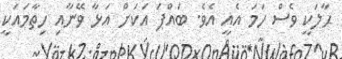
ޙާލަކީ ވެސް ހަމަ އެއީ އެވެ. ބައްޕަ އަކަށް އަޅާ ވޭނާއި ހިތާމައަކީ